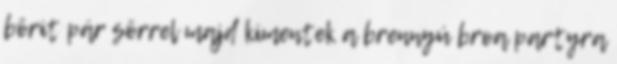
börit pár sörrel majd kimentek a brennyú broa partyra